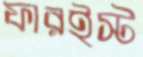
ফারইস্ট